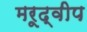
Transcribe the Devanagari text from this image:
मरूद्वीप